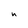
Character: h